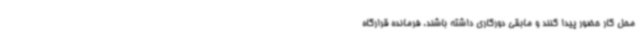
محل کار حضور پیدا کنند و مابقی دورکاری داشته باشند. فرمانده قرارگاه